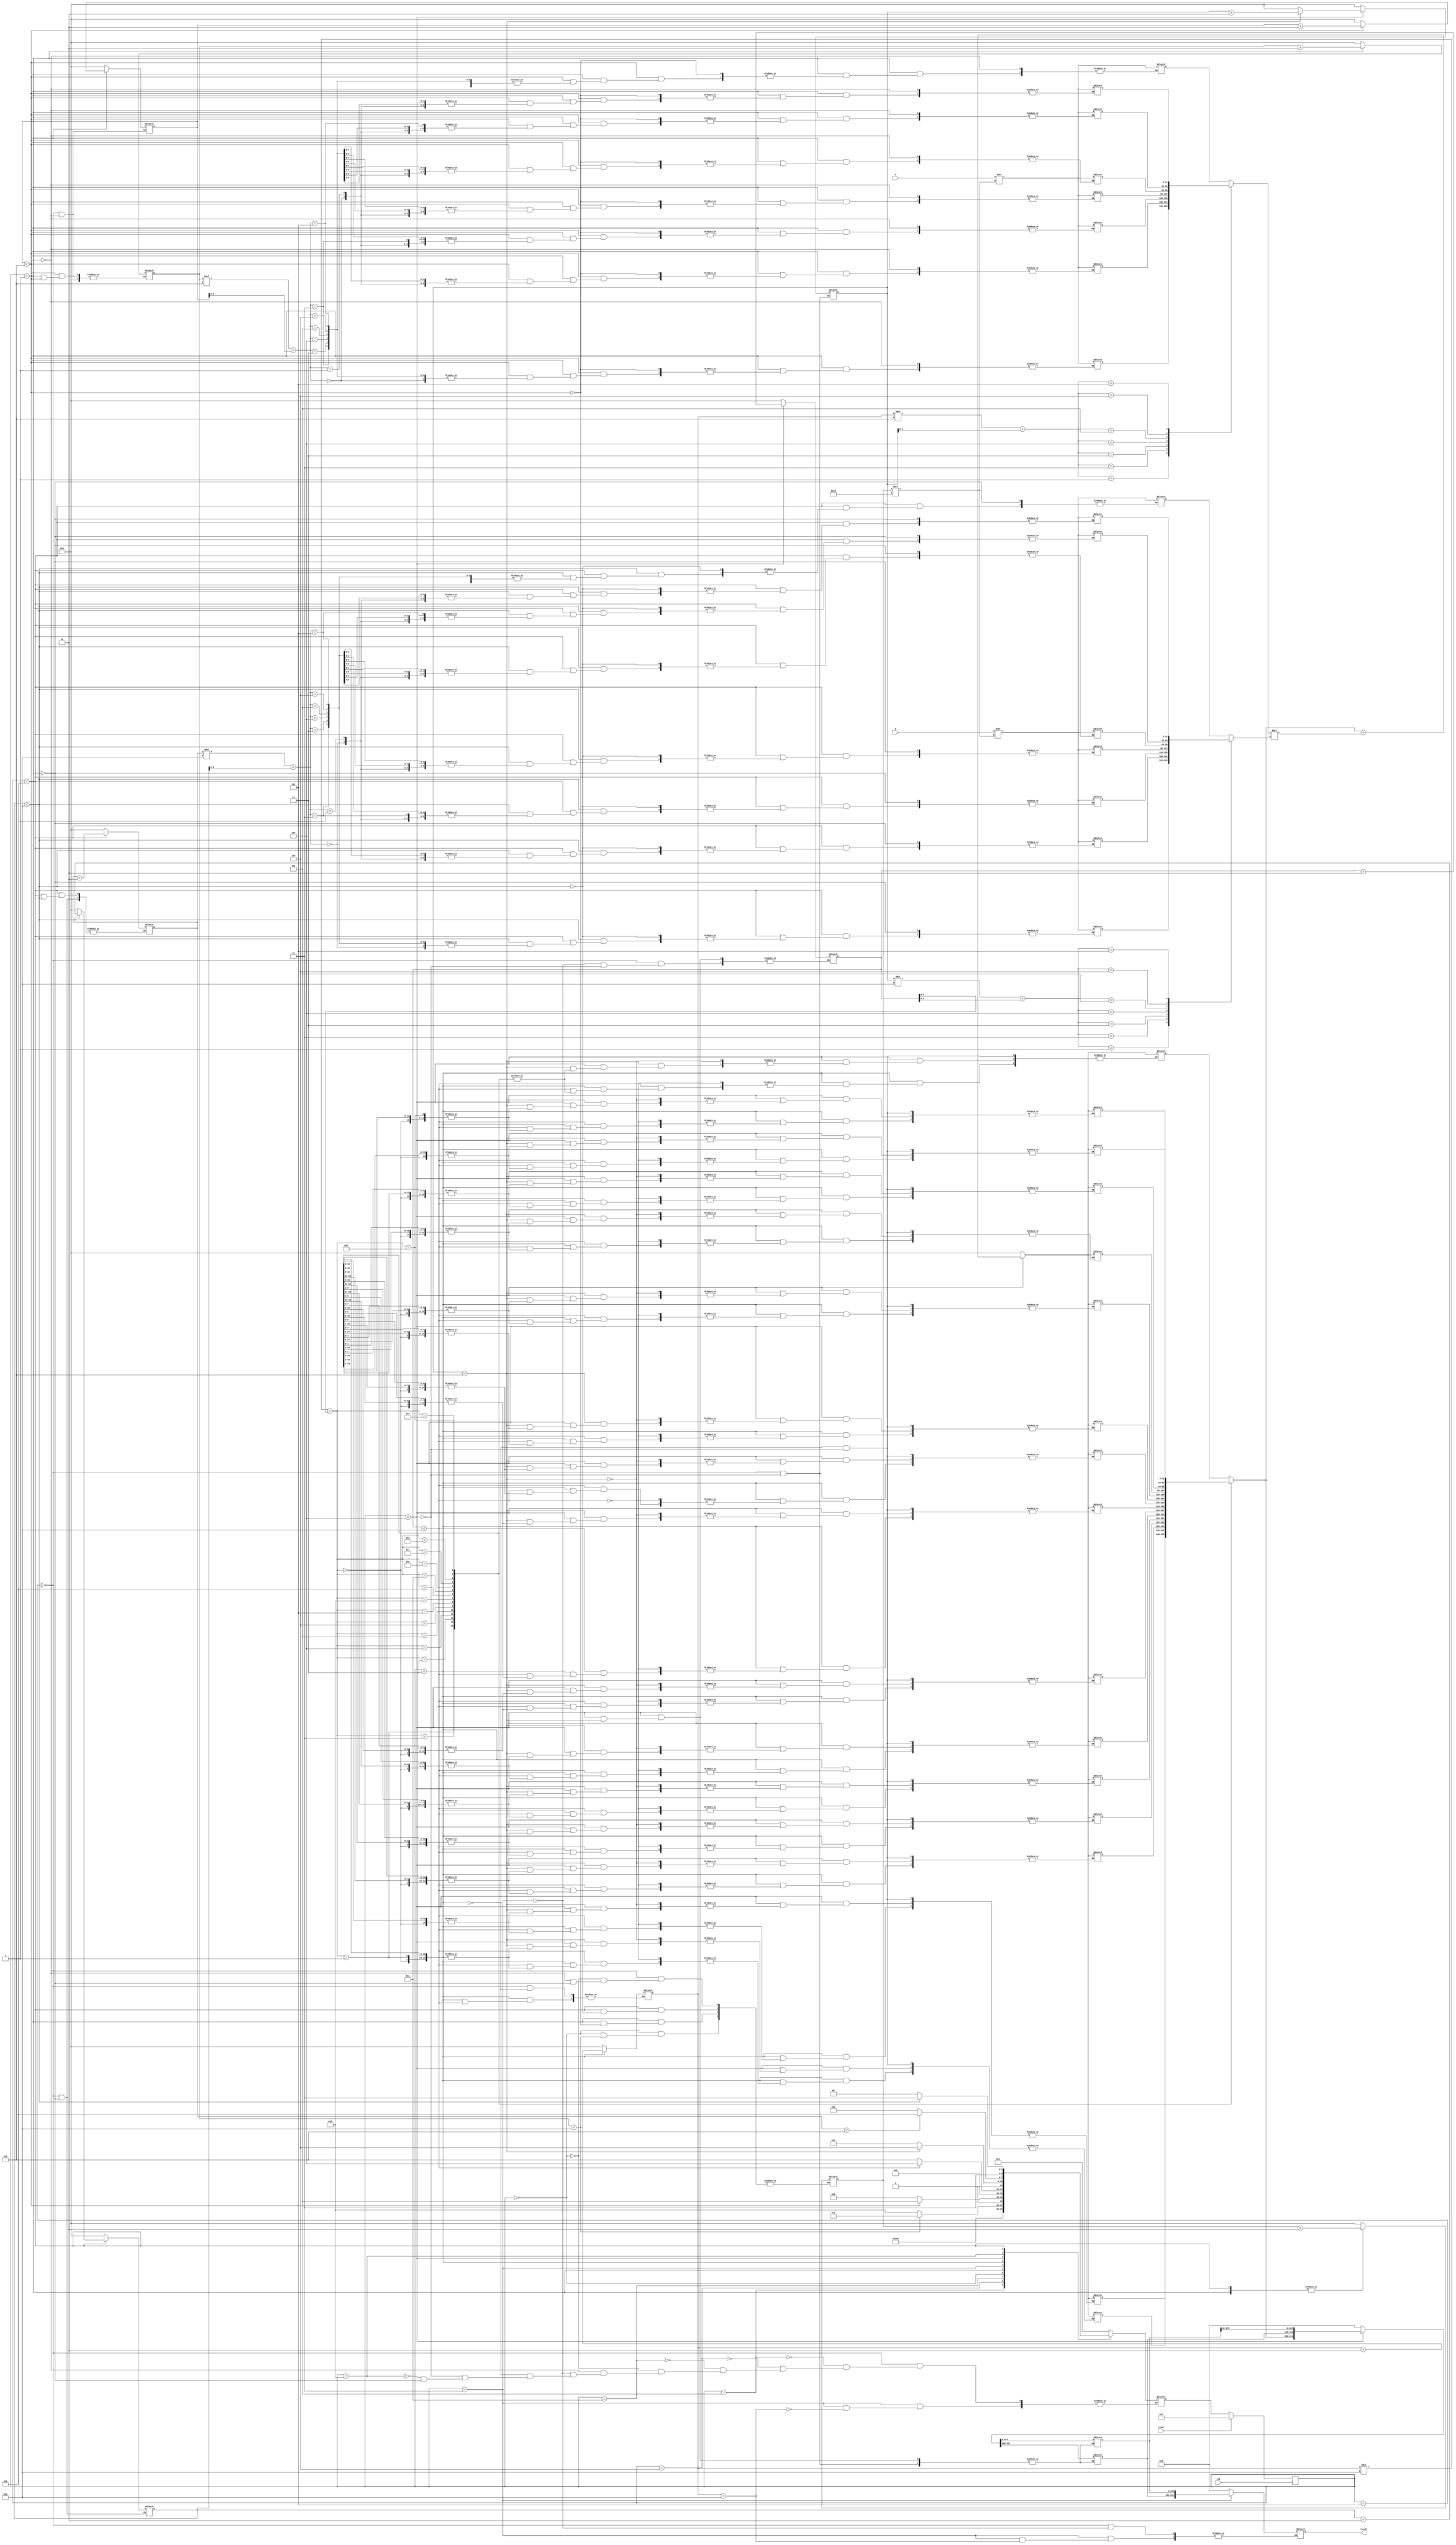
module matrix_mul(a,b,clk,reset,result);

parameter n=4,m=2;
input [n*m*32-1:0] a;
input [m*n*32-1:0] b;
reg [31:0]arr1[n-1:0][m-1:0];
reg [31:0]arr2[m-1:0][n-1:0];
reg [31:0]mul[n-1:0][n-1:0];
output reg [n*n*32-1:0] result;
reg [n*n*32-1:0] result1;
input clk,reset;
parameter s0=4'b0000,s1=4'b0001,s2=4'b0010,s3=4'b0011,s4=4'b0100,s5=4'b0101,s6=4'b0110,s7=4'b0111,s8=4'b1000,s9=4'b1001,s10=4'b1010;
reg [3:0] ps,ns;
integer i,j,count,e,f;
integer p,q,r;

 

always@(posedge clk)
begin

if(reset==1)
begin
ps<=s7;
end

else ps<=ns;

end


always@(ps)
begin


case(ps)
s7:begin
result1=0;
result=0;
i=0;
count=0;
e=0;
f=0;
j=0;
p=0;
q=0;
r=0;
ns=s0;
end

s5: ns=s1;

s6: ns=s4;
s10:ns=s9;

s0:begin
if(i<n)begin
ns=s1;
end

else begin
count=0;
ns=s8;
end
end

s1:begin

if(j<m)begin
arr1[i][j]=a>>(count*32);
count=count+1;
j=j+1;
ns=s5;
end

else begin
j=0;
i=i+1;
ns=s0;
end

end


s2:begin
q=0;
if(p<n) ns=s3;
else 
result=result1;
end

s3:begin
if(q<n) begin
mul[p][q]=0;
ns=s4;
end
else begin
p=p+1;
ns=s2;
end
end

s4:begin
if(r<m)begin
mul[p][q]=mul[p][q]+(arr1[p][r]*arr2[r][q]);
r=r+1;
ns=s6;
end
else begin
result1=result1>>32;
result1[((32*n*n)-1):((32*n*n)-32)]=mul[p][q];
r=0;
q=q+1;

ns=s3;
end
end
s8:begin
if(e<m)begin
ns=s9;
end

else begin
ns=s2;
end
end

s9:begin

if(f<n)begin

arr2[e][f]=b>>(count*32);
count=count+1;
/*if(e<n&&f<n)
begin
mul[e][f]=0;
mul[f][e]=0;
end*/
f=f+1;
//mul[n-1][n-1]=0;
ns=s10;
end

else begin
f=0;
e=e+1;
ns=s8;
end

end

endcase
end
endmodule